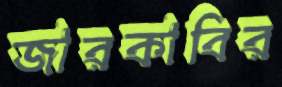
জারকাবির